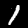
Label: 1